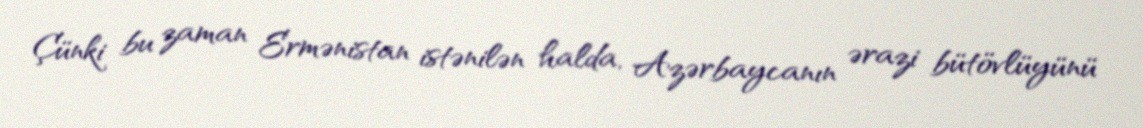
Çünki bu zaman Ermənistan istənilən halda, Azərbaycanın ərazi bütövlüyünü